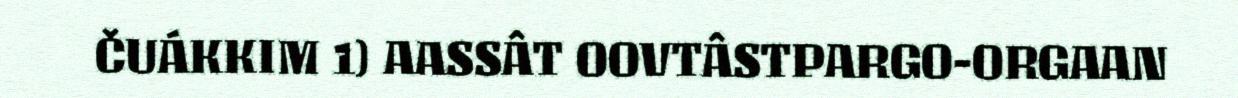
ČUÁKKIM 1) AASSÂT OOVTÂSTPARGO-ORGAAN